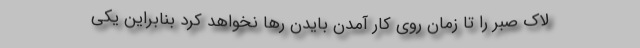
لاک صبر را تا زمان روی کار آمدن بایدن رها نخواهد کرد بنابراین یکی